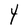
Character: Y